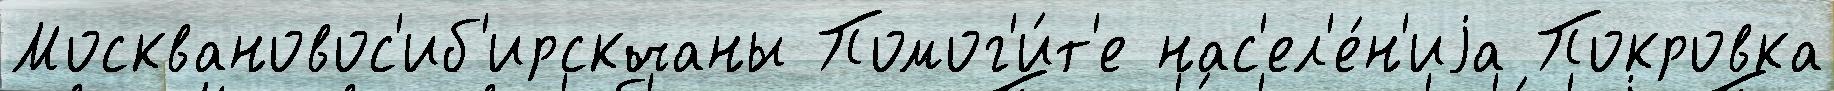
Москвановос'иб'ирскчаны Помог'и́т'е нас'ел'е́н'иjа Покровка